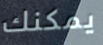
يمكنك